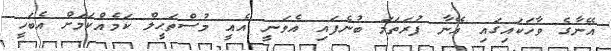
އޭނާގެ ވާހަކައިގައި އޭނާ ފުރަތަމަ ބުނެފައި އެވަނީ އެއީ މުސްތަޙީލް ކަމެއްކަމަށް އެބަހީ